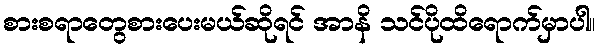
စားစရာတွေစားပေးမယ်ဆိုရင် အာနိ သင်ပိုထိရောက်မှာပါ။